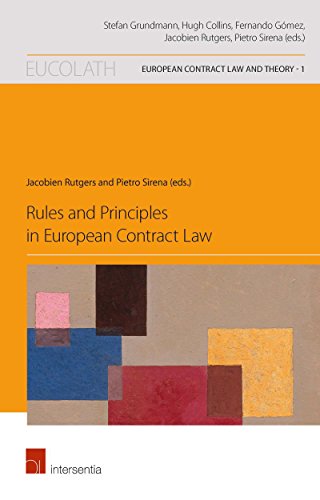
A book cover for Rules and Principles in European Contract Law (European Contract Law and Theory); Law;